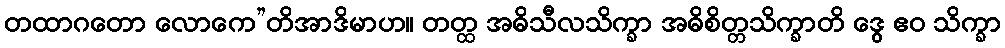
တထာဂတော လောကေ”တိအာဒိမာဟ။ တတ္ထ အဓိသီလသိက္ခာ အဓိစိတ္တသိက္ခာတိ ဒွေ ဧဝ သိက္ခာ